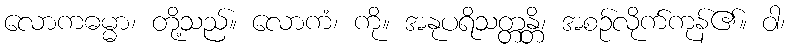
လောကဓမ္မာ၊ တို့သည်။ လောကံ၊ ကို။ အနုပရိသတ္တန္တိ၊ အစဉ်လိုက်ကုန်၏။ ဝါ၊